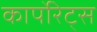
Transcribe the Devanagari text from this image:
कार्पोरेट्स